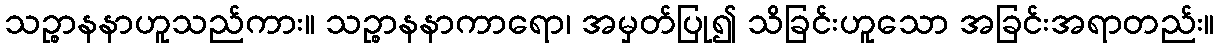
သဉ္စာနနာဟူသည်ကား။ သဉ္စာနနာကာရော၊ အမှတ်ပြု၍ သိခြင်းဟူသော အခြင်းအရာတည်း။